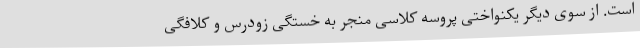
است. از سوی دیگر یکنواختی پروسه کلاسی منجر به خستگی زودرس و کلافگی